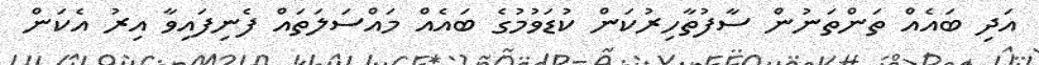
އަދި ބައެއް ތަންތަނުން ސާފުތާހިރުކަން ކުޑަވުމުގެ ބައެއް މައްސަލަތައް ފެނިފައިވާ އިރު އެކަން